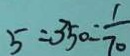
5 : 3 5 0 = \frac { 1 } { 7 0 }